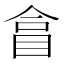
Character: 𥅽